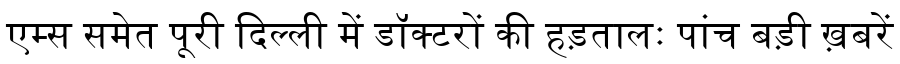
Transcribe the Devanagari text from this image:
एम्स समेत पूरी दिल्ली में डॉक्टरों की हड़तालः पांच बड़ी ख़बरें